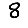
Digit: 8